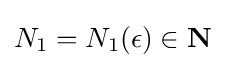
N_{1}=N_{1}(\epsilon )\in \mathbf {N}